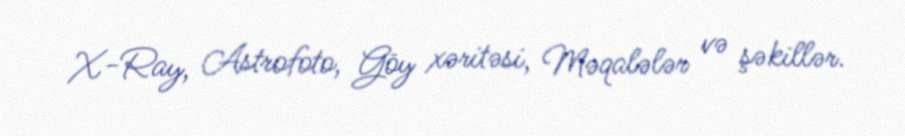
X-Ray, Astrofoto, Göy xəritəsi, Məqalələr və şəkillər.